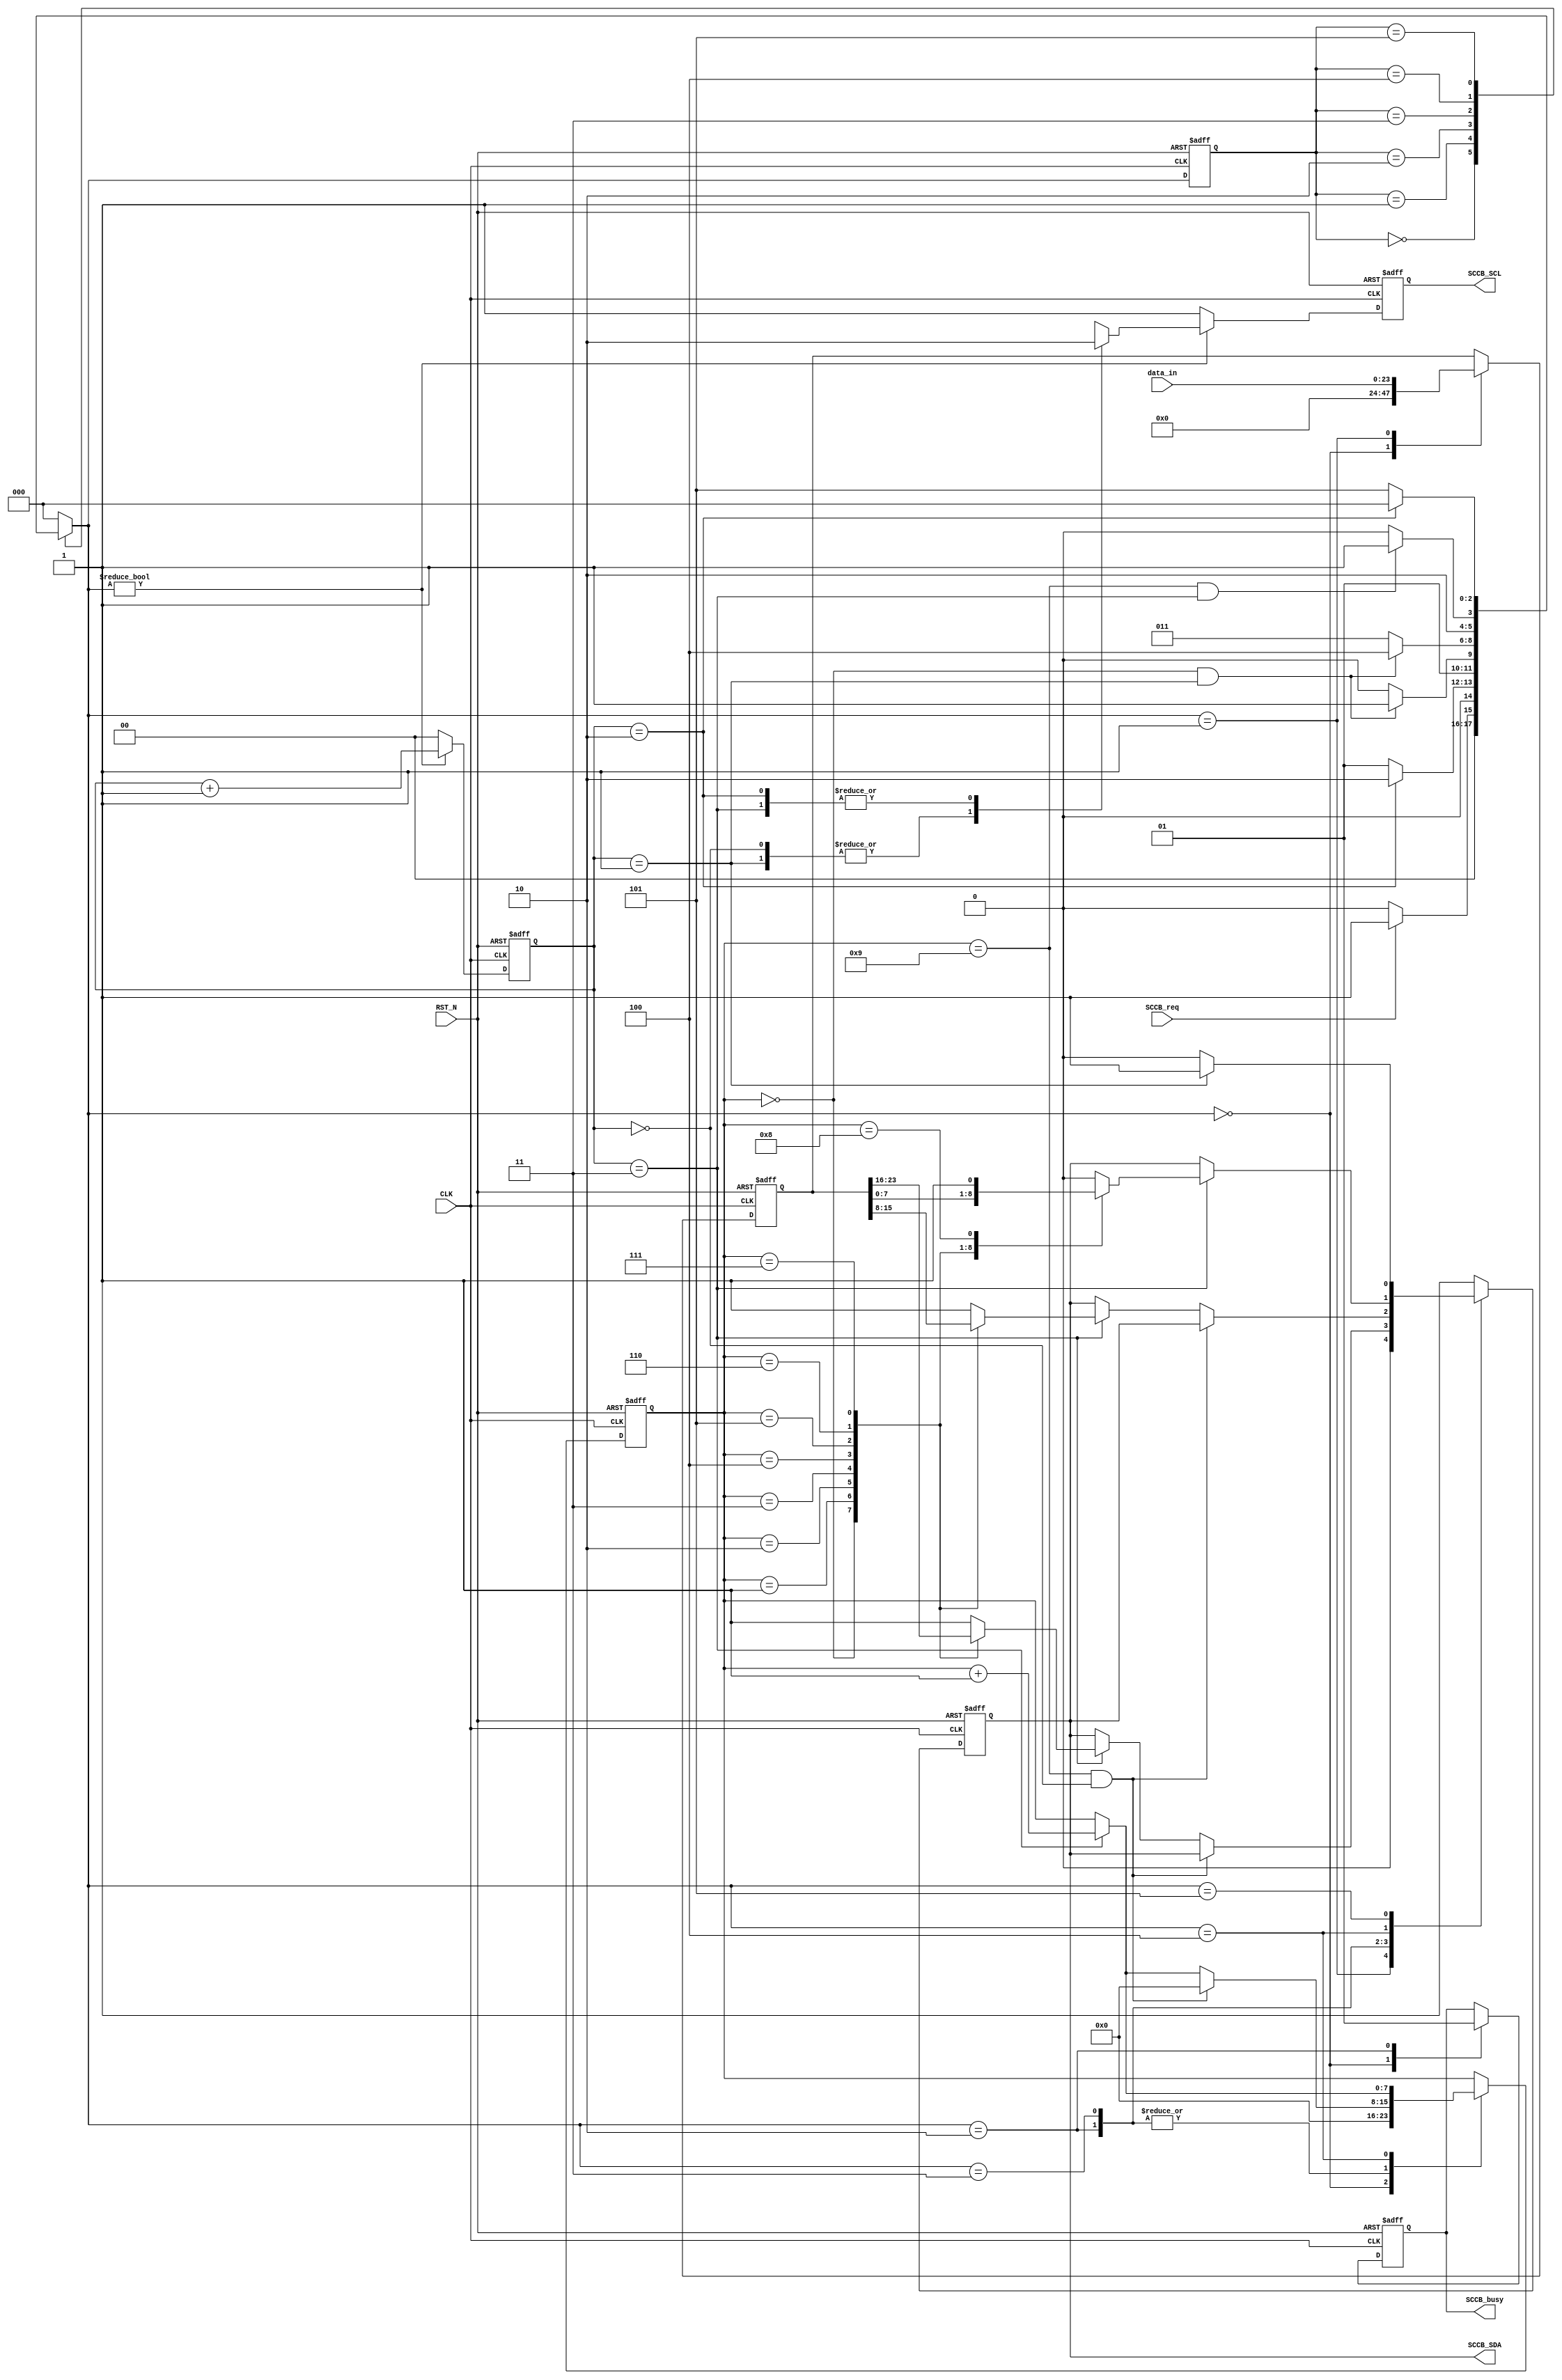
module I2C_Write(
input 							CLK			,				//
input 							RST_N		,
input 				[23:0] 		data_in		,				//++
input 							SCCB_req	,
// input							SCCB_wr		,				//0: 1:

// output		reg		[7:0]		SCCB_rdata	,				//			                            
output 		reg					SCCB_SDA	,				
output 		reg					SCCB_SCL	,				///4
output 		reg					SCCB_busy					//
);
//------------------------------------------------------
//-- 
//------------------------------------------------------


//------------------------------------------------------
//-- 
//------------------------------------------------------
reg 	[2:0] 	state 				;				//
reg 	[2:0] 	state_n				;				//
		
reg 	[7:0]	step_cnt			;				//
reg		[1:0]	scl_cnt				;				//SCL
reg 	[23:0]	latch_data			;				//

	

//------------------------------------------------------
//-- 
//------------------------------------------------------
localparam IDLE = 3'D0 ,START = 3'D1 ,S_ADDR = 3'D2 ,S_REG = 3'D3 ,S_DATA = 3'D4 ,STOP = 3'D5;


//------------------------------------------------------
//-- 
//------------------------------------------------------
always@(posedge CLK or negedge RST_N)
begin
	if(!RST_N)
	begin
		state <= IDLE;
	end
	else
	begin
		state <= state_n ;
	end
end

//------------------------------------------------------
//-- 
//------------------------------------------------------
always@(*)
begin
	case(state)
		IDLE : begin
			if(SCCB_req) begin
				state_n = START;
			end
			else begin
				state_n = IDLE;
			end
		end
		START : begin
			if(scl_cnt == 'd2) begin
				state_n = S_ADDR;
			end
			else
				state_n = START ;
		end
		S_ADDR : begin
			if(step_cnt == 'd0 && scl_cnt == 'd1) begin
				state_n = S_REG;
			end
			else
				state_n = S_ADDR ;
		end
		S_REG : begin
			if(step_cnt == 'd0 && scl_cnt == 'd1) begin
				state_n = S_DATA;
			end
			else
				state_n = S_REG ;
		end
		S_DATA : begin
			if(step_cnt == 'd9 && scl_cnt == 'd3) begin
				state_n = STOP;
			end
			else
				state_n = S_DATA ;
		end
		STOP : begin
			if(scl_cnt == 'd2) begin
				state_n = IDLE;
			end
			else
				state_n = STOP ;
		end
		default :
			state_n = IDLE;
	endcase
end
//------------------------------------------------------
//-- SCL
//------------------------------------------------------
always@(posedge CLK or negedge RST_N) begin
	if(!RST_N) begin
		scl_cnt <= 'b0 ;
		SCCB_SCL <= 1'B1 ;
	end
	else if(state_n != IDLE) begin
	// else if(1'b1) begin
		case(scl_cnt)
			0 ,1: begin
				SCCB_SCL <= 1'B1 ;	
			end
			2 ,3: begin
				SCCB_SCL <= 1'B0 ;
			end
		endcase
		scl_cnt <= scl_cnt + 1'b1 ;
	end
	else begin
		scl_cnt <= 'b0 ;
		SCCB_SCL <= 1'B1 ;
	end
end
//------------------------------------------------------
//-- 
//------------------------------------------------------
always@(posedge CLK or negedge RST_N)
begin
	if(!RST_N)
	begin
		step_cnt <= 8'B0 ;
		SCCB_SDA <= 1'B1 ;
		latch_data <= 'b0 ;
		SCCB_busy <= 1'b0 ;
	end
	else
	begin
		case(state_n)
			IDLE : begin
				SCCB_SDA <= 1'B1;
				SCCB_busy <= 1'b0 ;
				step_cnt <= 8'B0;
				latch_data <= 'b0 ;
			end
			START : begin 
				SCCB_SDA <= 1'B0;
				latch_data <= data_in ;
			end
			S_ADDR : begin
				SCCB_busy <= 1'b1 ;
				if(step_cnt == 'd9 && scl_cnt == 'd0) begin
					step_cnt <= 'b0 ;
				end
				else if(scl_cnt == 'd3) begin
					step_cnt <= step_cnt + 1'b1 ;
					case(step_cnt)
						0 : begin
							SCCB_SDA <= latch_data[23] ;
						end
						1 : begin
							SCCB_SDA <= latch_data[22] ;
						end
						2 : begin
							SCCB_SDA <= latch_data[21] ;
						end
						3 : begin
							SCCB_SDA <= latch_data[20] ;
						end
						4 : begin
							SCCB_SDA <= latch_data[19] ;
						end
						5 : begin
							SCCB_SDA <= latch_data[18] ;
						end
						6 : begin
							SCCB_SDA <= latch_data[17] ;
						end
						7 : begin
							SCCB_SDA <= latch_data[16] ;
						end
						8 : begin
							SCCB_SDA <= 1'b1 ;
						end
						default :begin
							SCCB_SDA <= 1'b1 ;
						end
					endcase
				end
			end
			S_REG : begin
				if(step_cnt == 'd9 && scl_cnt == 'd0) begin
					step_cnt <= 'b0 ;
				end
				else if(scl_cnt == 'd3) begin
					step_cnt <= step_cnt + 1'b1 ;
					case(step_cnt)
						0 : begin
							SCCB_SDA <= latch_data[15] ;
						end
						1 : begin
							SCCB_SDA <= latch_data[14] ;
						end
						2 : begin
							SCCB_SDA <= latch_data[13] ;
						end
						3 : begin
							SCCB_SDA <= latch_data[12] ;
						end
						4 : begin
							SCCB_SDA <= latch_data[11] ;
						end
						5 : begin
							SCCB_SDA <= latch_data[10] ;
						end
						6 : begin
							SCCB_SDA <= latch_data[9] ;
						end
						7 : begin
							SCCB_SDA <= latch_data[8] ;
						end
						8 : begin
							SCCB_SDA <= 1'b1 ;
						end
						default :begin
							SCCB_SDA <= 1'b1 ;
						end
					endcase
				end
			end
			S_DATA: begin
				if(scl_cnt == 'd3) begin
					step_cnt <= step_cnt + 1'b1 ;
					case(step_cnt)
						0 : begin
							SCCB_SDA <= latch_data[7] ;
						end
						1 : begin
							SCCB_SDA <= latch_data[6] ;
						end
						2 : begin
							SCCB_SDA <= latch_data[5] ;
						end
						3 : begin
							SCCB_SDA <= latch_data[4] ;
						end
						4 : begin
							SCCB_SDA <= latch_data[3] ;
						end
						5 : begin
							SCCB_SDA <= latch_data[2] ;
						end
						6 : begin
							SCCB_SDA <= latch_data[1] ;
						end
						7 : begin
							SCCB_SDA <= latch_data[0] ;
						end
						8 : begin
							SCCB_SDA <= 1'b1 ;
						end
						default :begin
							SCCB_SDA <= 1'b0 ;
						end
					endcase
				end
			end
			STOP :
			begin
				if(scl_cnt == 'd1) begin
					SCCB_SDA <= 1'b1 ;
				end
				else begin
					SCCB_SDA <= 1'b0 ;
				end	
			end
			default :
			begin
				SCCB_SDA <= 1'B1;
			end
		endcase
	end
end
endmodule